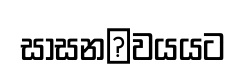
සාසන෾වයයට